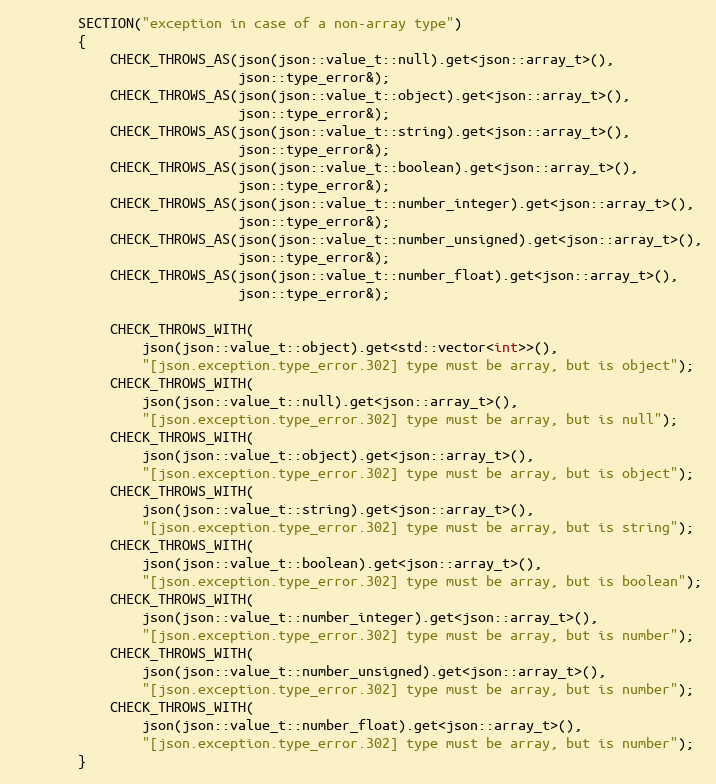
Language: C++
        SECTION("exception in case of a non-array type")
        {
            CHECK_THROWS_AS(json(json::value_t::null).get<json::array_t>(),
                            json::type_error&);
            CHECK_THROWS_AS(json(json::value_t::object).get<json::array_t>(),
                            json::type_error&);
            CHECK_THROWS_AS(json(json::value_t::string).get<json::array_t>(),
                            json::type_error&);
            CHECK_THROWS_AS(json(json::value_t::boolean).get<json::array_t>(),
                            json::type_error&);
            CHECK_THROWS_AS(json(json::value_t::number_integer).get<json::array_t>(),
                            json::type_error&);
            CHECK_THROWS_AS(json(json::value_t::number_unsigned).get<json::array_t>(),
                            json::type_error&);
            CHECK_THROWS_AS(json(json::value_t::number_float).get<json::array_t>(),
                            json::type_error&);

            CHECK_THROWS_WITH(
                json(json::value_t::object).get<std::vector<int>>(),
                "[json.exception.type_error.302] type must be array, but is object");
            CHECK_THROWS_WITH(
                json(json::value_t::null).get<json::array_t>(),
                "[json.exception.type_error.302] type must be array, but is null");
            CHECK_THROWS_WITH(
                json(json::value_t::object).get<json::array_t>(),
                "[json.exception.type_error.302] type must be array, but is object");
            CHECK_THROWS_WITH(
                json(json::value_t::string).get<json::array_t>(),
                "[json.exception.type_error.302] type must be array, but is string");
            CHECK_THROWS_WITH(
                json(json::value_t::boolean).get<json::array_t>(),
                "[json.exception.type_error.302] type must be array, but is boolean");
            CHECK_THROWS_WITH(
                json(json::value_t::number_integer).get<json::array_t>(),
                "[json.exception.type_error.302] type must be array, but is number");
            CHECK_THROWS_WITH(
                json(json::value_t::number_unsigned).get<json::array_t>(),
                "[json.exception.type_error.302] type must be array, but is number");
            CHECK_THROWS_WITH(
                json(json::value_t::number_float).get<json::array_t>(),
                "[json.exception.type_error.302] type must be array, but is number");
        }